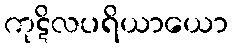
ကုဋိလပရိယာယော